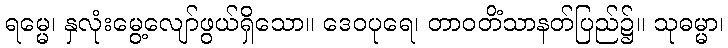
ရမ္မေ၊ နှလုံးမွေ့လျော်ဖွယ်ရှိသော။ ဒေဝပုရေ၊ တာဝတိံသာနတ်ပြည်၌။ သုဓမ္မာ၊